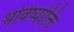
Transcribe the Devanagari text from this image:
भविष्योक्ति